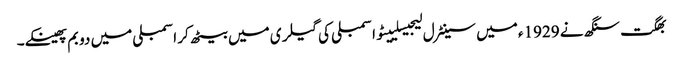
بھگت سنگھ نے 1929ء میں سینٹرل لیجیسلییٹو اسمبلی کی گیلری میں بیٹھ کر اسمبلی میں دو بم پھینکے۔